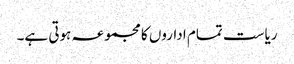
ریاست تمام اداروں کا مجموعہ ہوتی ہے۔